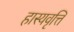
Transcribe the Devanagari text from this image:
हास्यवृत्ति